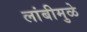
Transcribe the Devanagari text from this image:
लांबीमुळे